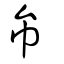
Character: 彜